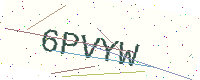
Text: 6PVYW